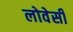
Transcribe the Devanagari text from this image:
लोवेसी